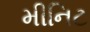
મીનિટ